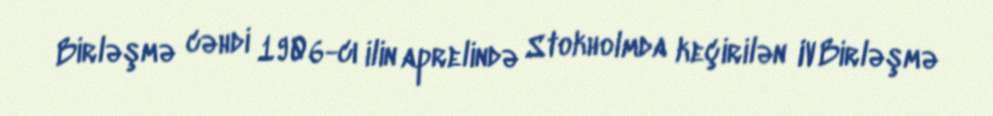
Birləşmə cəhdi 1906-cı ilin aprelində Stokholmda keçirilən IV Birləşmə